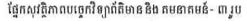
ផ្នែកសុវត្ថិភាពបច្ចេកវិទ្យាព័ត៌មាន និង គមនាគមន៍- ៣ រូប